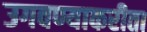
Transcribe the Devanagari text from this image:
उगवण्याकरीता